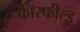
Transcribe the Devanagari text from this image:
कॉरफील्ड